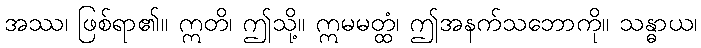
အဿ၊ ဖြစ်ရာ၏။ ဣတိ၊ ဤသို့။ ဣမမတ္ထံ၊ ဤအနက်သဘောကို။ သန္ဓာယ၊